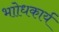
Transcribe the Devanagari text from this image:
भाोधकार्य